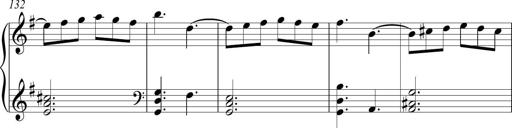
Title: Piano Sonatina in A major
Composer: Z Q Sysmoebius
Key: A major